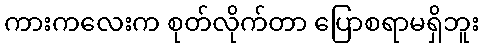
ကားကလေးက စုတ်လိုက်တာ ပြောစရာမရှိဘူး